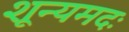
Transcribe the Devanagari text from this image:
शून्यमदः